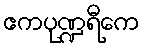
ဧကပုဏ္ဍရီကေ